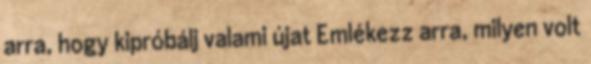
arra, hogy kipróbálj valami újat Emlékezz arra, milyen volt